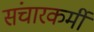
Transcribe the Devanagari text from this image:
संचारकर्मी